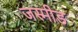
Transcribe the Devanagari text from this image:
जस्मीड